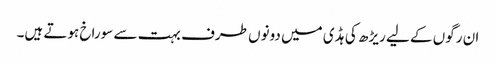
ان رگوں کے لیے ریڑھ کی ہڈی میں دونوں طرف بہت سے سوراخ ہوتے ہیں۔